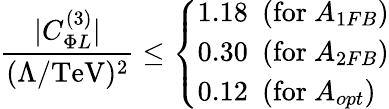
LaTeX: \frac{\vert C_{\Phi L}^{(3)}\vert}{(\Lambda/\mathrm{TeV})^{2}}\le\left\{ \begin{array}{ll}{{1.18~~(\mathrm{for}~A_{1FB})}}\\ {{0.30~~(\mathrm{for}~A_{2FB})}}\\ {{0.12~~(\mathrm{for}~A_{opt})}}\end{array}\right.